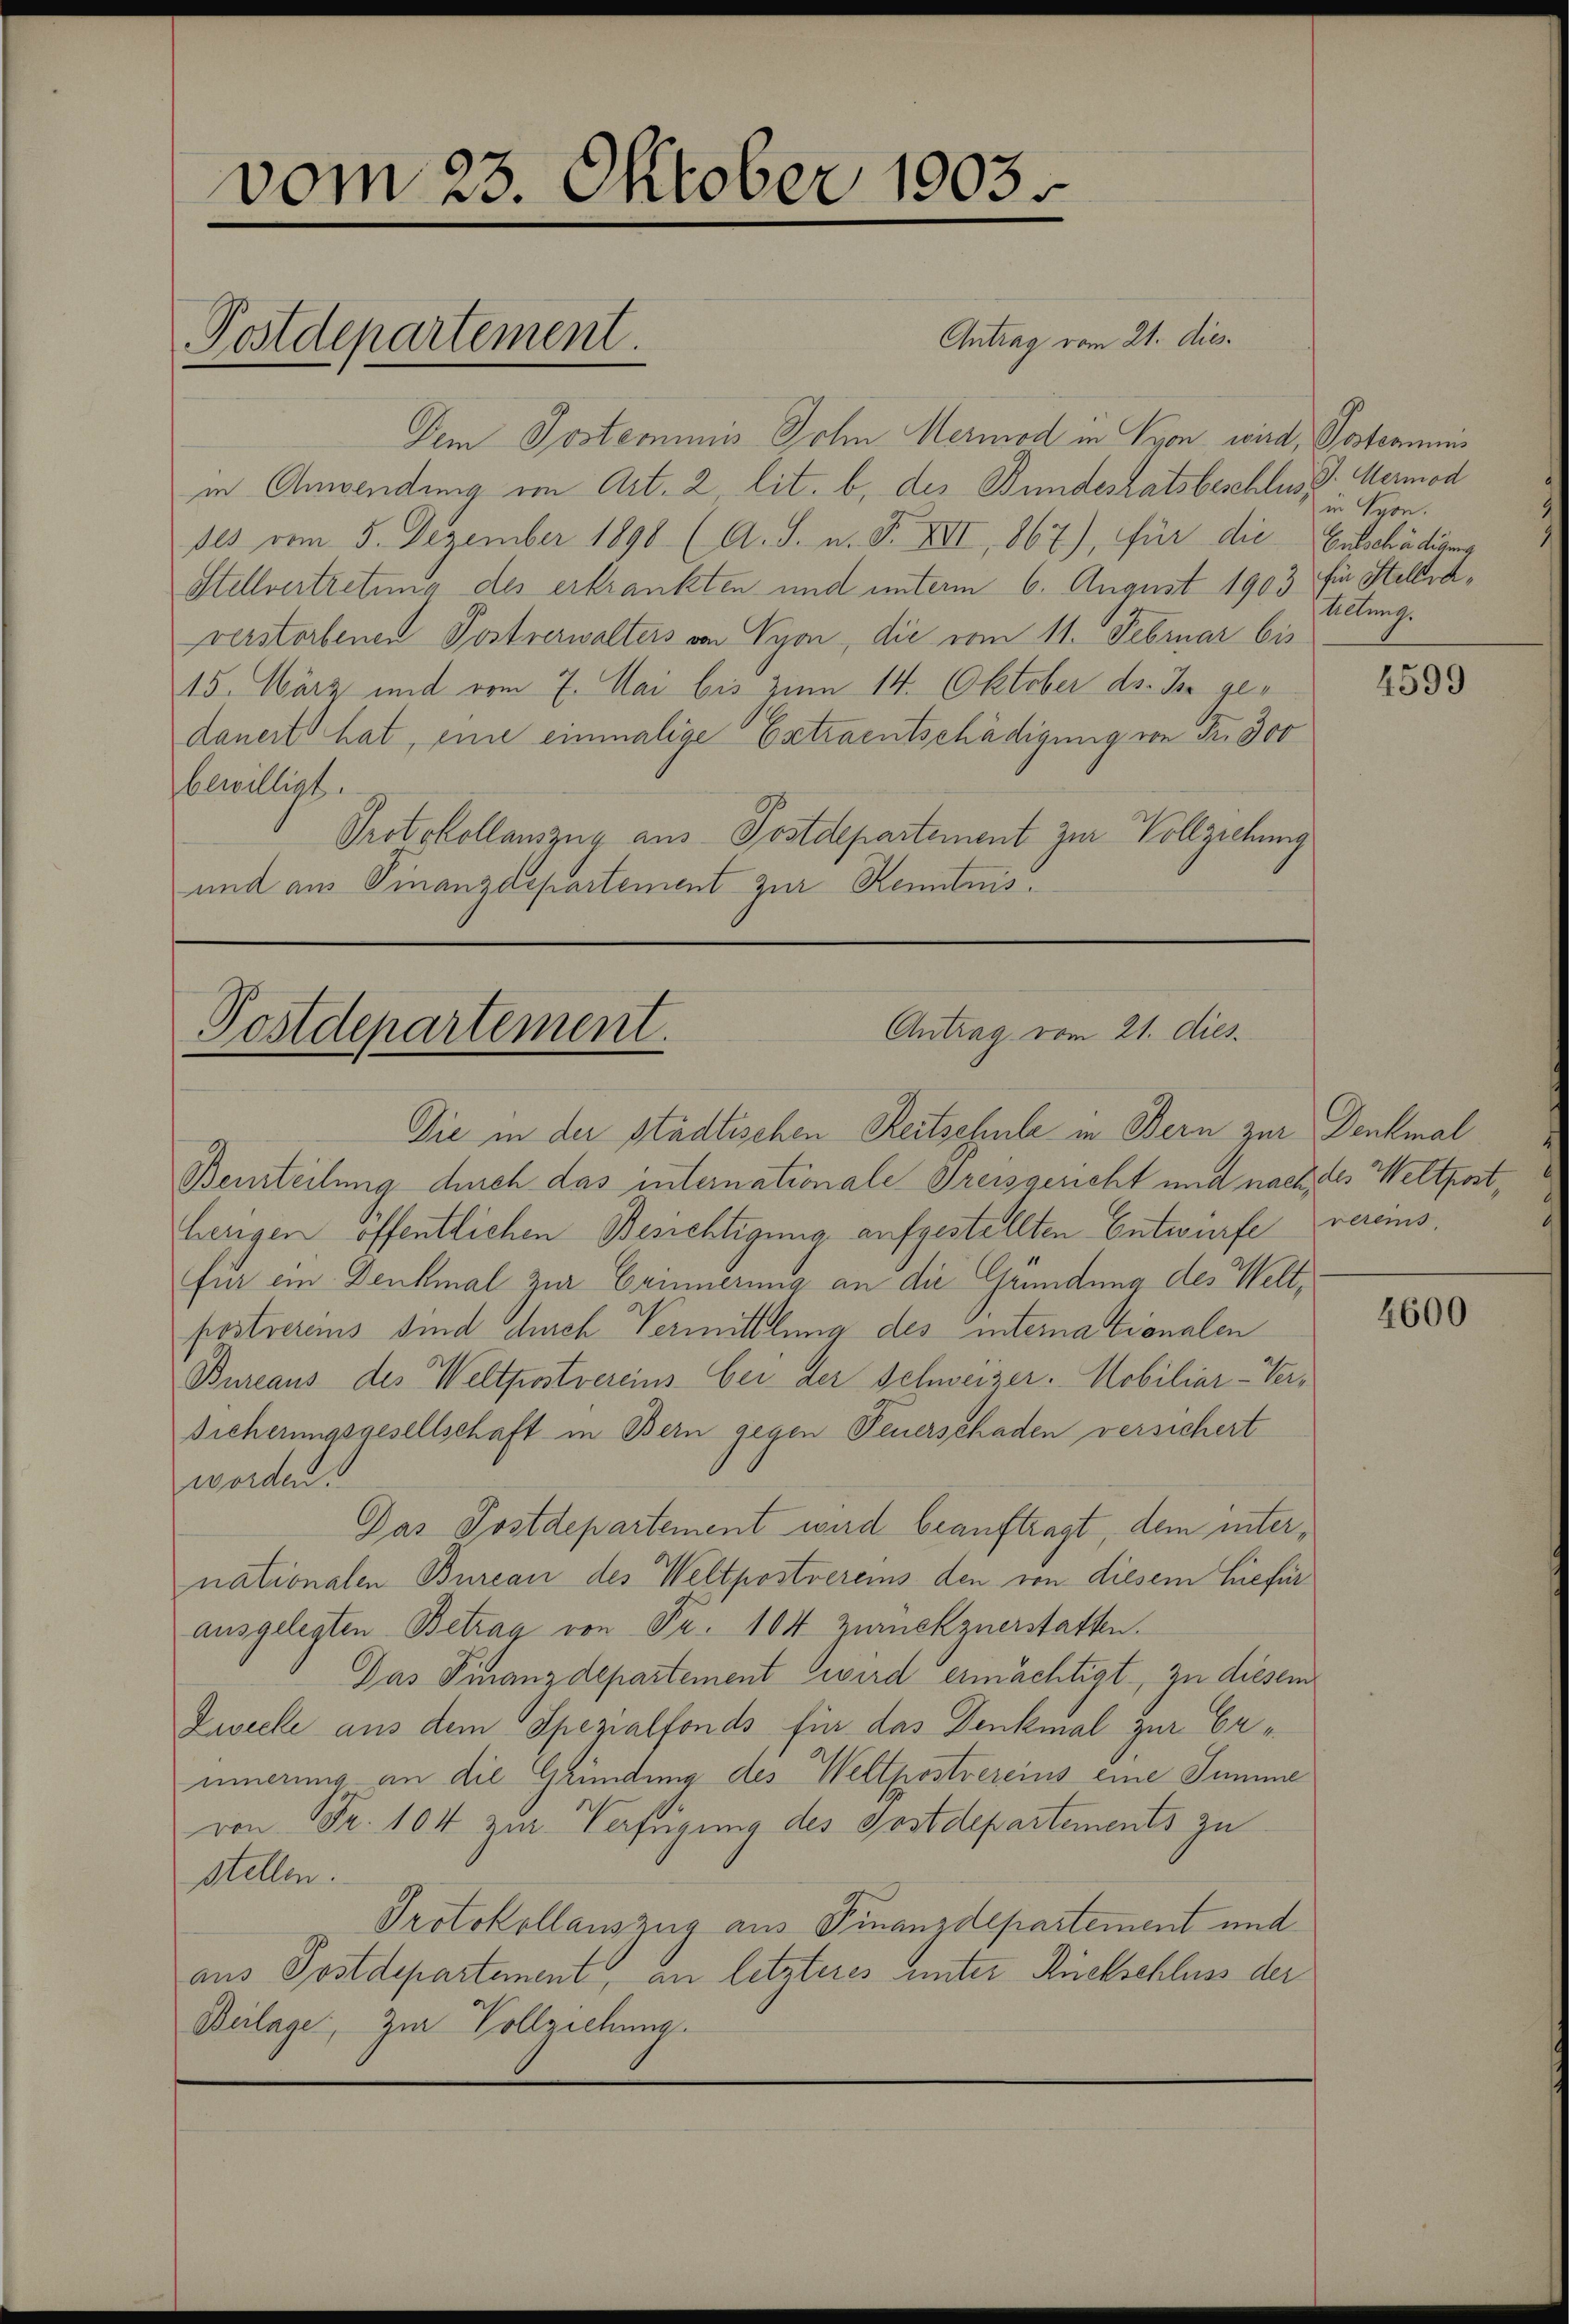
vom 23. Oktober 1903.
Postdepartement.

Antrag vom 21. dies
Dem Postemmnis Sohn Mermod in Von wird, Postenmeis
in Anwendung in Art. 2 lit. b. des Bundesratsbeschluss: Mermod
ses vom 5. Dezember 1890 (A. S. n. F. XII, 867), für die Entschädigung
Stellvertretung des erkrankten und unterm 6. August 1903 für Stellaverstorbenen Postverwalters von Vyon, die vom 11. Februar bis
15. März und vom 7. Mai bis zum 14. Oktober ds. In gedauert hat, eine einmalige Extraentschädigung von Fr. 300
bewilligt.
Protokollauszug aus Postdepartement zur Vollziehung
und aus Finanzdepartement zur Kenntnis.

Antrag vom 21. dies
Postdepartement.

Die in der städtischen Reitschule in Bern zur Denkmal
Beurteilung durch das internationale Preisgericht und nach des Wettportherigen öffentlichen Besichtigung aufgestellten Entwürfe vereinsfür ein Denkmal zur Erinnerung an die Gründung des Weltpostrerens sind durch Vermittlung des internationalen
Bureaus des Weltpostvereins bei der Schweizer-Mobiliar-Ver¬
Sicherungsgesellschaft in Bern gegen Feuerschaden versichert
worden.
Das Postdepartement wird beauftragt, dem internationalen Bureau des Weltpostvereins den von diesem hiefür
ausgelegten Betrag von Fr. 104 Zurückzuerstatten.
Das Finanzdepartement wird ermächtigt, zu diesem
Zwecke aus dem Spezialfonds für das Denkmal zur Erinnerung an die Gründung des Weltpostvereins eine Summe
von Fr. 104 zur Verfügung des Gostdepartements zu
stellen.
Protokollauszug aus Finanzdepartement und
aus Postdepartement, an letzteres unter Rückschluss der
Beilage, zur Vollziehung.

in Syon.
helung.

4599

4600